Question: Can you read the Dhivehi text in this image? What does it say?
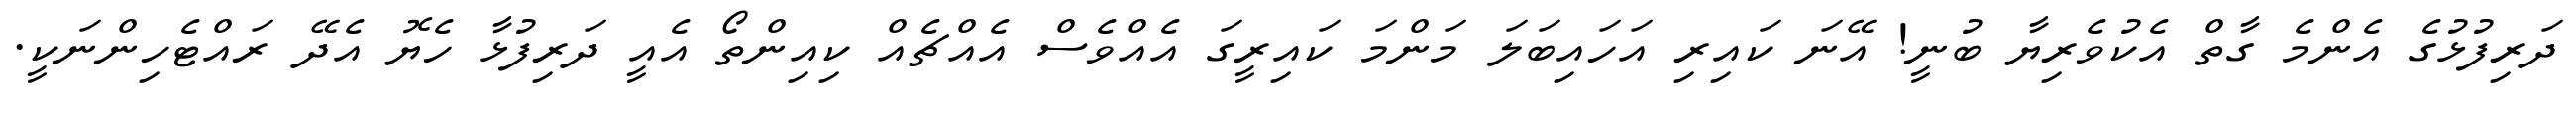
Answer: ދަރިފުޅުގެ އެންމެ ގާތް އެކުވެރިޔާ ބުނީ! އޭނަ ކައިރި އަހައިބަލަ މަންމަ ކައިރީގަ އެއްވެސް އެއްޗެއް ކިއިންތޯ އެއީ ދަރިފުޅާ ހެޔޮ އެދޭ ރައްޓެހިންނަކީ.